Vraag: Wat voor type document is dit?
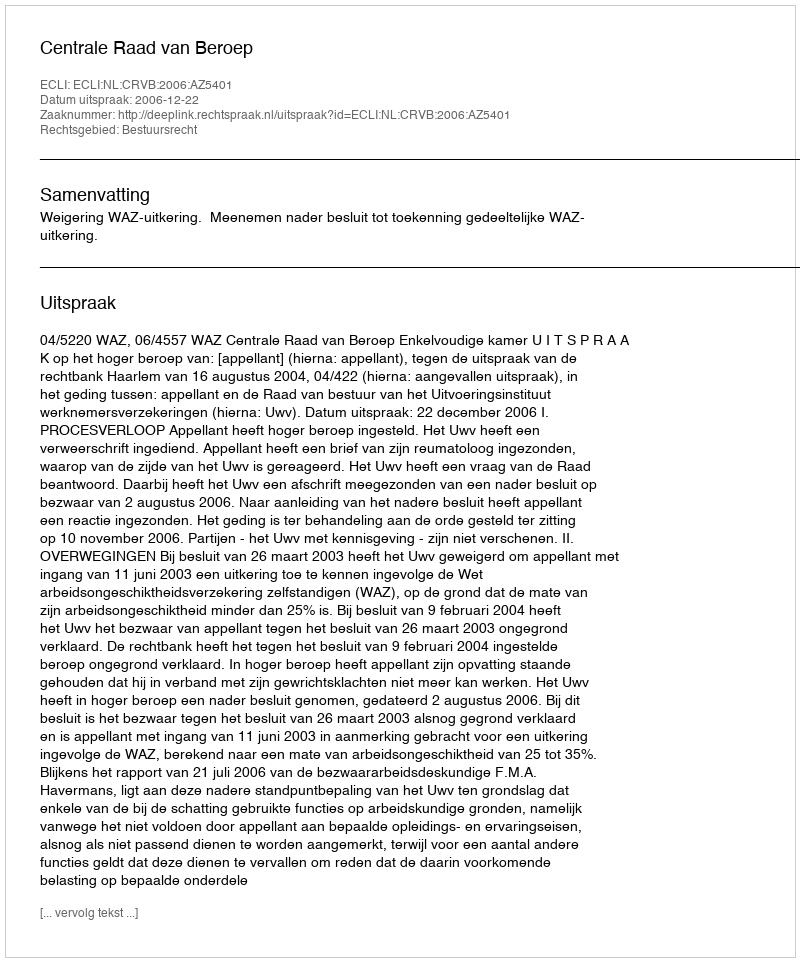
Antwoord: Uitspraak